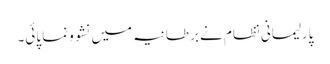
پارلیمانی نظام نے برطانیہ میں نشوونما پائی۔